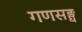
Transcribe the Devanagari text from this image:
गणसङ्घ